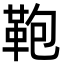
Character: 鞄